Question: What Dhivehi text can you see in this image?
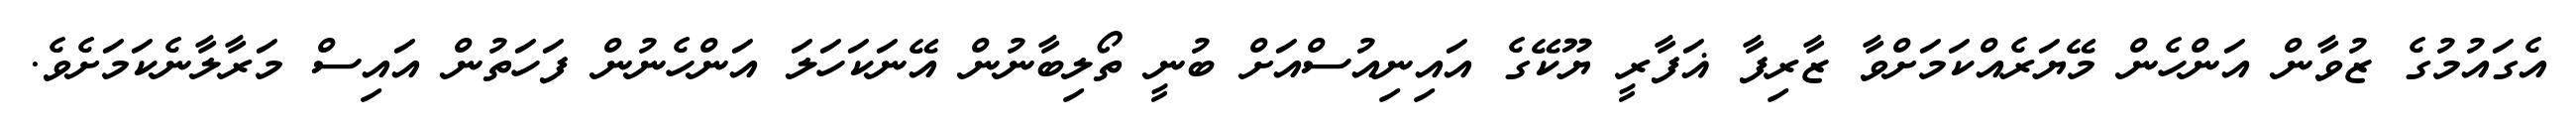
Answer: އެގައުމުގެ ޒުވާން އަންހެން މޭޔަރެއްކަމަށްވާ ޒާރިފާ ޣަފާރީ ޔޫކޭގެ އައިނިއުސްއަށް ބުނީ ތޯލިބާނުން އޭނަކަހަލަ އަންހެނުން ފަހަތުން އައިސް މަރާލާނެކަމަށެވެ.